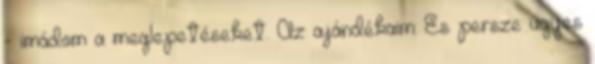
- imádom a meglepetéseket. Az ajándékaim: És persze ügyes